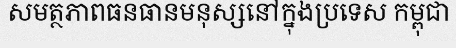
សមត្ថភាពធនធានមនុស្សនៅក្នុងប្រទេស កម្ពុជា